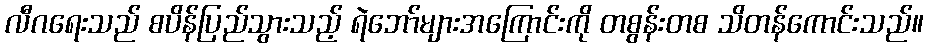
လီဂရေးသည် စပိန်ပြည်သွားသည့် ရဲဘော်များအကြောင်းကို တစွန်းတစ သိတန်ကောင်းသည်။